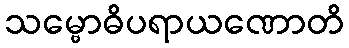
သမ္ဗောဓိပရာယဏောတိ